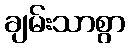
ချမ်းသာစွာ